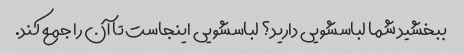
ببخشید شما لباسشویی دارید؟ لباسشویی اینجاست تا آن را جمع کند.